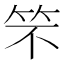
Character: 𮅁